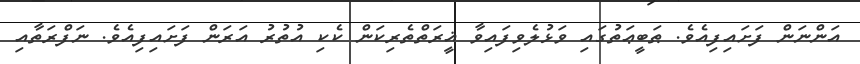
އަންނަން ފަށައިފިއެވެ. ޠަބީޢަތުގައި ވަޅުލެވިފައިވާ ޣީރަތްތެރިކަން ކެކި އުތުރު އަރަން ފަށައިފިއެވެ. ނަފްރަތާއި